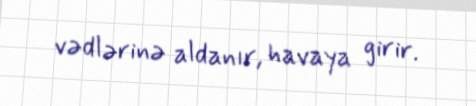
vədlərinə aldanır, havaya girir.